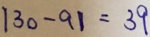
1 3 0 - 9 1 = 3 9